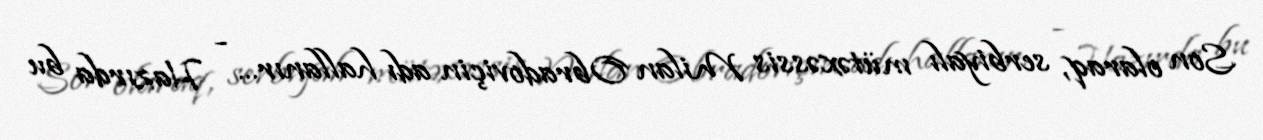
Son olaraq, serbiyalı mütəxəssis Milan Obradoviçin adı hallanır... - Hazırda bu